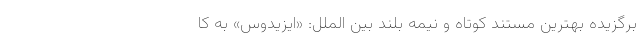
برگزیده بهترین مستند کوتاه و نیمه بلند بین الملل: «ایزیدوس» به کا